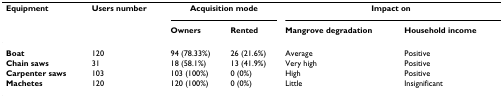
| Equipment | Users number | <COLSPAN=2> Acquisition mode | <COLSPAN=2> Impact on |
 |  |  | Owners | Rented | Mangrove degradation | Household income |
 | --- | --- | --- | --- | --- | --- |
 | Boat | 120 | 94 (78.33%) | 26 (21.6%) | Average | Positive |
 | Chain saws | 31 | 18 (58.1%) | 13 (41.9%) | Very high | Positive |
 | Carpenter saws | 103 | 103 (100%) | 0 (0%) | High | Positive |
 | Machetes | 120 | 120 (100%) | 0 (0%) | Little | Insignificant |